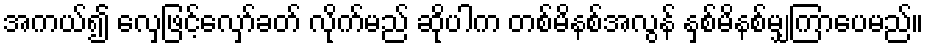
အကယ်၍ လှေဖြင့်လှော်ခတ် လိုက်မည် ဆိုပါက တစ်မိနစ်အလွန် နှစ်မိနစ်မျှကြာပေမည်။